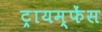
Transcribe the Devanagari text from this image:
ट्रायम्फेंस